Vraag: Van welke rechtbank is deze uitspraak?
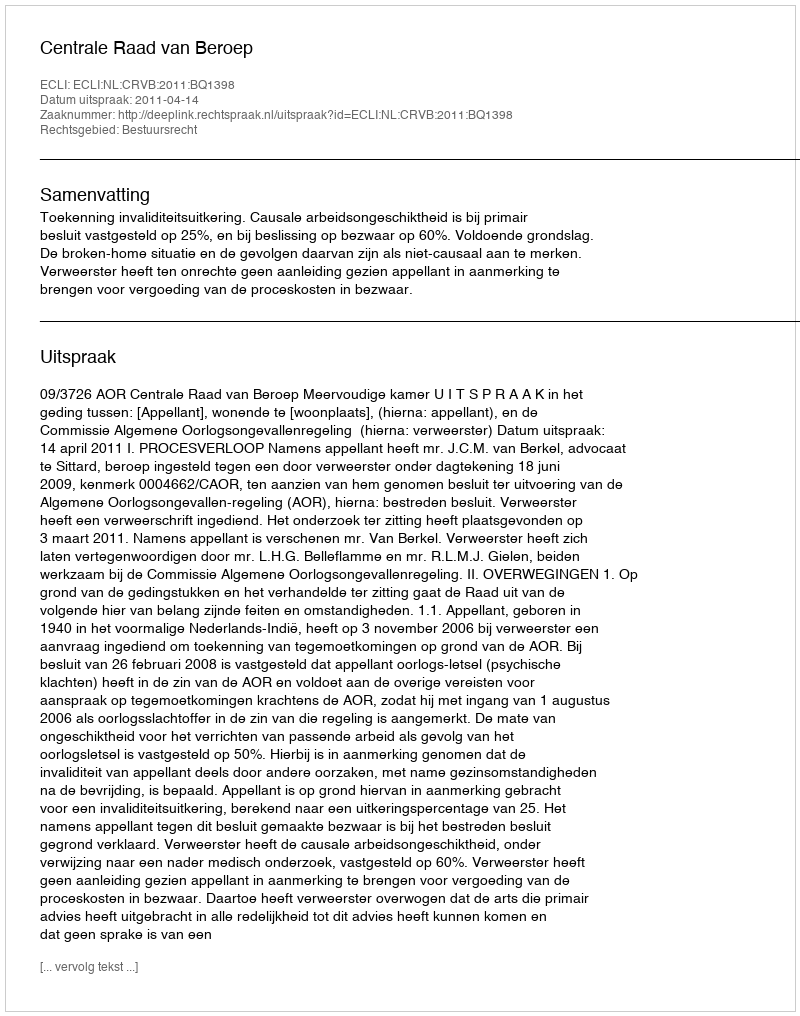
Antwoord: Centrale Raad van Beroep